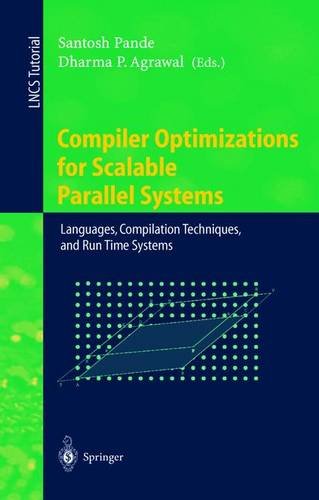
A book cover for Compiler Optimizations for Scalable Parallel Systems: Languages, Compilation Techniques, and Run Time Systems (Lecture Notes in Computer Science); Computers & Technology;